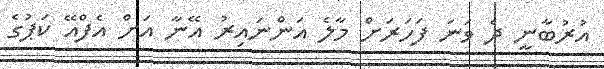
އުރުބާނީ ދެ ވަނަ ފަހަރަށް މާލެ އަންނައިރު އޭނާ އަށް އެފްއޭ ކަޕުގެ